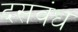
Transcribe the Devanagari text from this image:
दसवंध